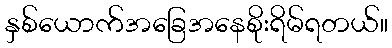
နှစ်ယောက်အခြေအနေစိုးရိမ်ရတယ်။